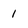
Character: I